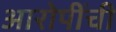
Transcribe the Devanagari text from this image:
आरोपींची